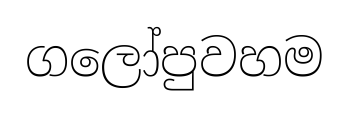
ගලෝපුවහම